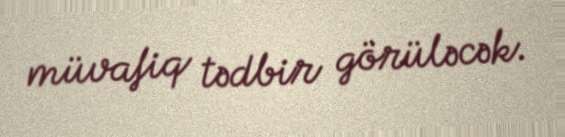
müvafiq tədbir görüləcək.